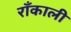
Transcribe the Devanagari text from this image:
रॉँकाली